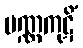
ပဏ္ဏကုဋိံ